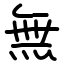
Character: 無